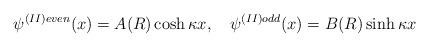
LaTeX: \begin{align*}\psi^{(II)even}(x) = A(R) \cosh \kappa x,\quad\psi^{(II)odd}(x) = B(R) \sinh \kappa x\end{align*}